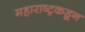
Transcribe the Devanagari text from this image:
महाराष्ट्रकडून